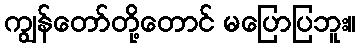
ကျွန်တော်တို့တောင် မပြောပြဘူး။